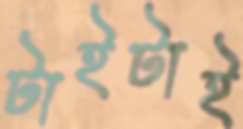
টাইটাই